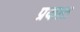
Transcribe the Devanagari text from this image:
प्रकात